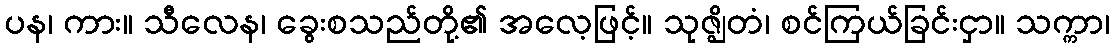
ပန၊ ကား။ သီလေန၊ ခွေးစသည်တို့၏ အလေ့ဖြင့်။ သုဇ္ဈိတံ၊ စင်ကြယ်ခြင်းငှာ။ သက္ကာ၊